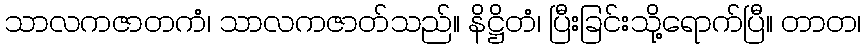
သာလကဇာတကံ၊ သာလကဇာတ်သည်။ နိဋ္ဌိတံ၊ ပြီးခြင်းသို့ရောက်ပြီ။ တာတ၊